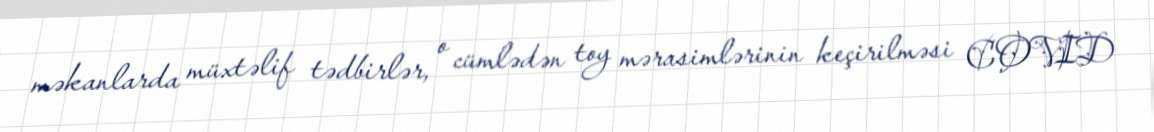
məkanlarda müxtəlif tədbirlər, o cümlədən toy mərasimlərinin keçirilməsi COVID